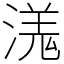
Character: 溬